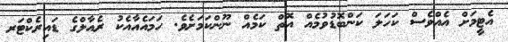
އެޓީމަށް އެއްވެސް ކަހަލަ ކަންބޮޑުވުމެއް އޮތް ކަމެއް ނޫންކަމަށެވެ. ހަމައެއާއެކު ރެއާލްގެ ޑައިރެކްޓަރ